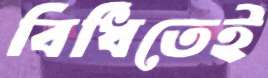
বিধিতেই